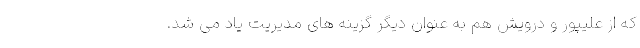
که از علیپور و درویش هم به عنوان دیگر گزینه های مدیریت یاد می شد.